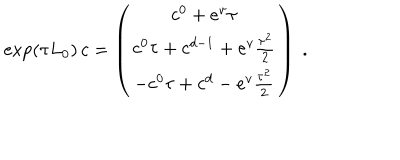
\exp ( \tau L _ { 0 } ) \, c = \left( \begin{array} { c } { { \strut c ^ { 0 } + e ^ { v } \tau } } \\ { { \strut c ^ { 0 } \tau + c ^ { d - 1 } + e ^ { v } { \frac { \tau ^ { 2 } } { 2 } } } } \\ { { \strut - c ^ { 0 } \tau + c ^ { d } - e ^ { v } { \frac { \tau ^ { 2 } } { 2 } } } } \\ \end{array} \right) \ .